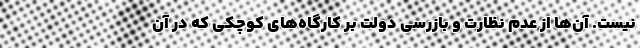
نیست. آن‌ها از عدم نظارت و بازرسی دولت بر کارگاه‌های کوچکی که در آن